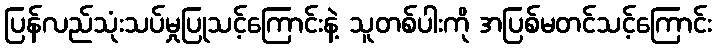
ပြန်လည်သုံးသပ်မှုပြုသင့်ကြောင်းနဲ့ သူတစ်ပါးကို အပြစ်မတင်သင့်ကြောင်း